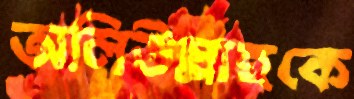
অলিউল্লাহকে